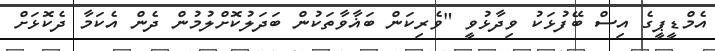
އެމްޑީޕީގެ އިސް ބޭފުޅަކު ވިދާޅުވީ "ވެރިކަން ބަޣާވާތަކުން ބަދަލުކޮށްލުމުން ދެން އެކަމާ ދެކޮޅަށް